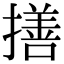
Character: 𢵈